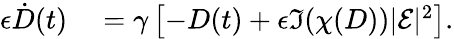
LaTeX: \begin{array}{rl}{\epsilon\dot{D}(t)}&{{}=\gamma\left[-D(t)+\epsilon\Im(\chi(D))|\mathcal{E}|^{2}\right].}\end{array}